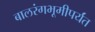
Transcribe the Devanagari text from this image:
बालरंगभूमीपर्यंत